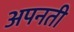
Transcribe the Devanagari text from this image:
अपनती